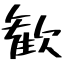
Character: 歓